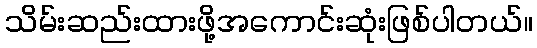
သိမ်းဆည်းထားဖို့အကောင်းဆုံးဖြစ်ပါတယ်။